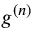
g ^ { ( n ) }